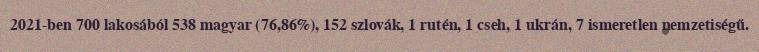
2021-ben 700 lakosából 538 magyar (76,86%), 152 szlovák, 1 rutén, 1 cseh, 1 ukrán, 7 ismeretlen nemzetiségű.